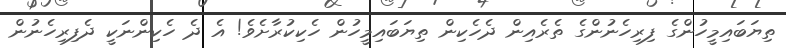
ތިޔަބައިމީހުންގެ ފިރިހެނުންގެ ތެރެއިން ދެހެކިން ތިޔަބައިމީހުން ހެކިކުރާށެވެ! އެ ދެ ހެކިންނަކީ ދެފިރިހެނުން